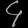
Digit: ၄